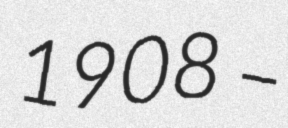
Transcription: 1908 –